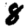
Digit: 8